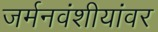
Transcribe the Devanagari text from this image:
जर्मनवंशीयांवर